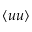
\langle u u \rangle